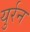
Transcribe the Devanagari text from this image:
युर्रन